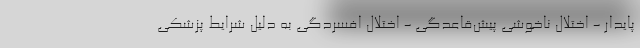
پایدار - اختلال ناخوشی پیش‌قاعدگی - اختلال افسردگی به دلیل شرایط پزشکی